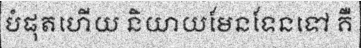
បំផុតហើយ និយាយមែនទែនទៅ គឺ